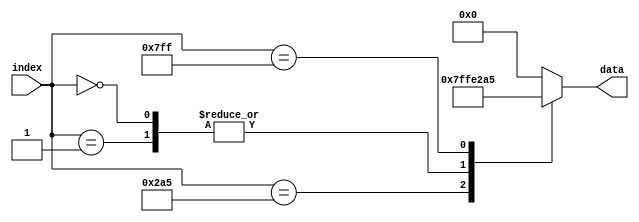
`timescale 1ns / 1ps
//////////////////////////////////////////////////////////////////////////////////
// Company: 
// Engineer: 
// 
// Design Name: 
// Module Name: Mvfill
// Project Name: 
// Target Devices: 
// Tool Versions: 
// Description: 
// 
// Dependencies: 
// 
// Revision:
// Revision 0.01 - File Created
// Additional Comments:
// 
//////////////////////////////////////////////////////////////////////////////////


module Mvfill(
//  input clk,
  input [10:0]index,
  output reg[12:0]data
  );
  parameter p=677;
  
  always @(index)
        case (index)
            p : begin
                data <= 13'b01; 
            end
            1 : begin
                data <= -13'd1; 
            end                     
            0: begin
                data <= -13'b1; 
            end
            2047: begin
                data <= p; 
            end
            default: begin
                data <= 13'b00;  
            end
      endcase
     
endmodule